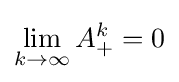
\lim _{k\to \infty }A_{+}^{k}=0